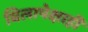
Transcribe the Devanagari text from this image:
बिलापेक्षाही